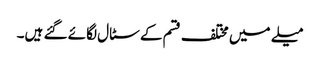
میلے میں مختلف قسم کے سٹال لگائے گئے ہیں۔